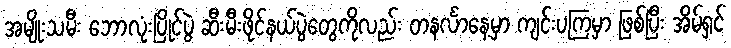
အမျိုးသမီး ဘောလုံးပြိုင်ပွဲ ဆီးမီးဖိုင်နယ်ပွဲတွေကိုလည်း တနင်္လာနေ့မှာ ကျင်းပကြမှာ ဖြစ်ပြီး အိမ်ရှင်